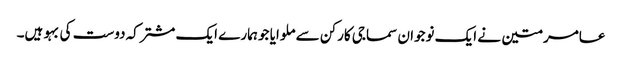
عامر متین نے ایک نوجوان سماجی کارکن سے ملوایا جو ہمارے ایک مشترکہ دوست کی بہو ہیں۔